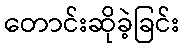
တောင်းဆိုခဲ့ခြင်း